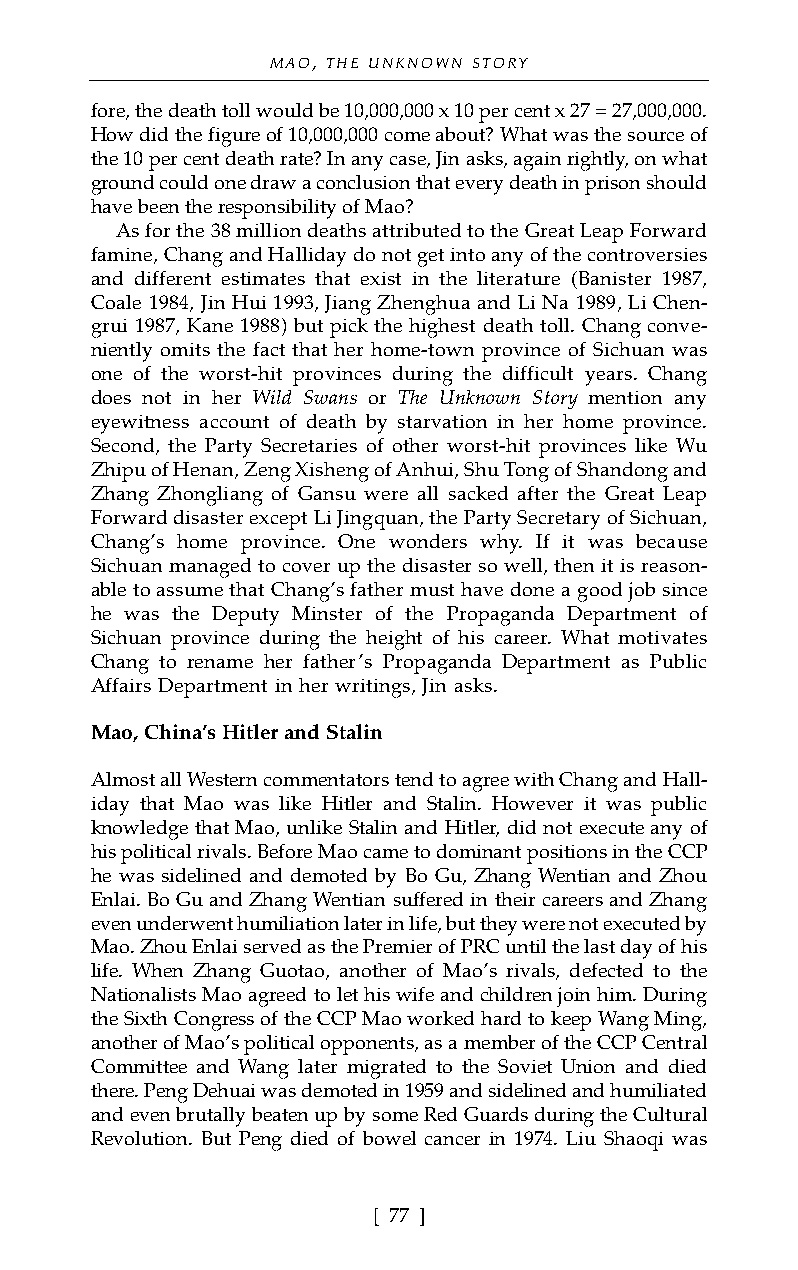
MAO, THE UNKNOWN STORY
 fore, the death toll would be 10,000,000 x 10 per cent x 27 = 27,000,000.
 How did the figure of 10,000,000 come about? What was the source of
 the 10 per cent death rate? In any case, Jin asks, again rightly, on what
 ground could one draw a conclusion that every death in prison should
 have been the responsibility of Mao?
 As for the 38 million deaths attributed to the Great Leap Forward
 famine, Chang and Halliday do not get into any of the controversies
 and different estimates that exist in the literature (Banister 1987,
 Coale 1984, Jin Hui 1993, Jiang Zhenghua and Li Na 1989, Li Chen-
 grui 1987, Kane 1988) but pick the highest death toll. Chang conve-
 niently omits the fact that her home-town province of Sichuan was
 one of the worst-hit provinces during the difficult years. Chang
 does not in her Wild Swans or The Unknown Story mention any
 eyewitness account of death by starvation in her home province.
 Second, the Party Secretaries of other worst-hit provinces like Wu
 Zhipu of Henan, Zeng Xisheng of Anhui, Shu Tong of Shandong and
 Zhang Zhongliang of Gansu were all sacked after the Great Leap
 Forward disaster except Li Jingquan, the Party Secretary of Sichuan,
 Chang’s home province. One wonders why. If it was because
 Sichuan managed to cover up the disaster so well, then it is reason-
 able to assume that Chang’s father must have done a good job since
 he was the Deputy Minster of the Propaganda Department of
 Sichuan province during the height of his career. What motivates
 Chang to rename her father’s Propaganda Department as Public
 Affairs Department in her writings, Jin asks.
 Mao, China’s Hitler and Stalin
 Almost all Western commentators tend to agree with Chang and Hall-
 iday that Mao was like Hitler and Stalin. However it was public
 knowledge that Mao, unlike Stalin and Hitler, did not execute any of
 his political rivals. Before Mao came to dominant positions in the CCP
 he was sidelined and demoted by Bo Gu, Zhang Wentian and Zhou
 Enlai. Bo Gu and Zhang Wentian suffered in their careers and Zhang
 even underwent humiliation later in life, but they were not executed by
 Mao. Zhou Enlai served as the Premier of PRC until the last day of his
 life. When Zhang Guotao, another of Mao’s rivals, defected to the
 Nationalists Mao agreed to let his wife and children join him. During
 the Sixth Congress of the CCP Mao worked hard to keep Wang Ming,
 another of Mao’s political opponents, as a member of the CCP Central
 Committee and Wang later migrated to the Soviet Union and died
 there. Peng Dehuai was demoted in 1959 and sidelined and humiliated
 and even brutally beaten up by some Red Guards during the Cultural
 Revolution. But Peng died of bowel cancer in 1974. Liu Shaoqi was
 [ 77 ]